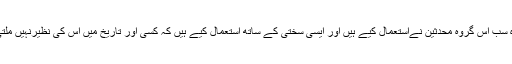
وہ سب اس گروہ محدثین نےاستعمال کیے ہیں اور ایسی سختی کے ساتھ استعمال کیے ہیں کہ کسی اور تاریخ میں اس کی نظیرنہیں ملتی۔